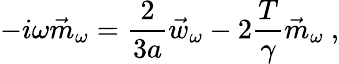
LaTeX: -i\omega\vec{m}_{\omega}=\frac{2}{3a}\vec{w}_{\omega}-2\frac{T}{\gamma}\vec{m}_{\omega}\ ,